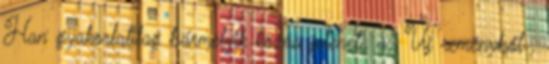
Han gyakorlatilag bármelyik közös jelenete az Új reményből .